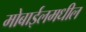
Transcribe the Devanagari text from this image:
मोबाईलमधील